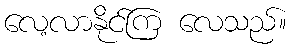
လေ့လာနိုင်ကြ လေသည်။